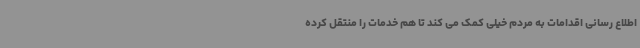
اطلاع رسانی اقدامات به مردم خیلی کمک می کند تا هم خدمات را منتقل کرده